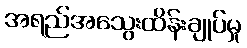
အရည်အသွေးထိန်းချုပ်မှု